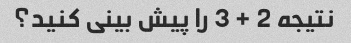
نتیجه 2 + 3 را پیش بینی کنید؟